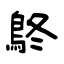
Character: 鴤